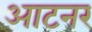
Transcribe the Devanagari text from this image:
आटनर